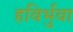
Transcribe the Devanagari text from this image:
हविर्भुवा